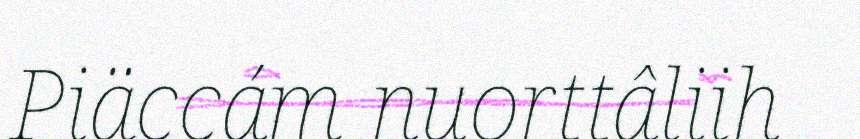
Piäccám nuorttâliih